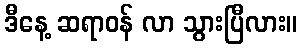
ဒီနေ့ ဆရာဝန် လာ သွားပြီလား။